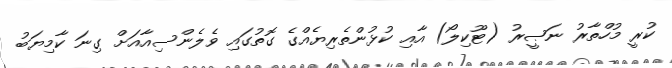
ކުރީ މުހްތާރު ނަޞީރު (ޓޫކިލޯ) އާއި ކުޅުންތެރިޔެއްގެ ގޮތުގައި ވެލެންސިއާއަށް ގިނަ ކާމިޔަބު